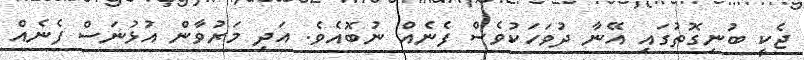
ޖެކީ ބުނިގޮތުގައި އޭނާ ދުވަހަކުވެސް ފެނެއް ނުބޮއެވެ. އަދި މަރުވާން އުޅުނަސް ފެނެއް